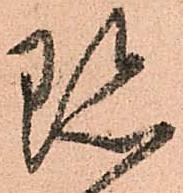
珎